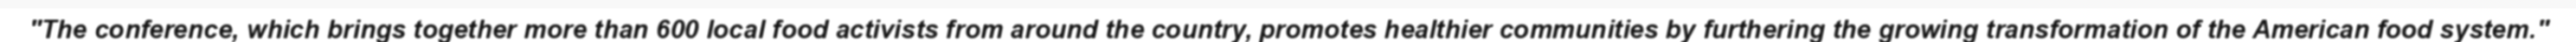
"The conference, which brings together more than 600 local food activists from around the country, promotes healthier communities by furthering the growing transformation of the American food system."